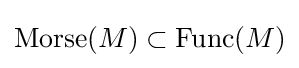
\operatorname {Morse} (M)\subset \operatorname {Func} (M)